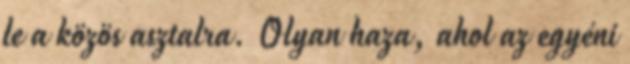
le a közös asztalra. Olyan haza, ahol az egyéni